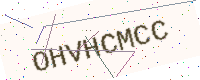
Text: OHVHCMCC